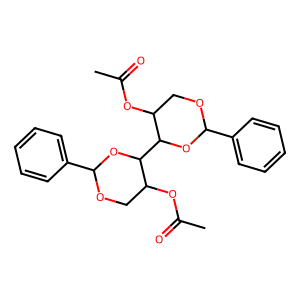
SMILES: CC(=O)OC1COC(c2ccccc2)OC1C1OC(c2ccccc2)OCC1OC(C)=O
Inhibits HIV replication: No